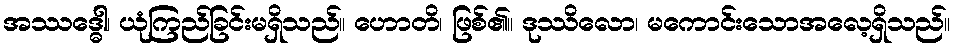
အဿဒ္ဓေါ၊ ယုံကြည်ခြင်းမရှိသည်။ ဟောတိ၊ ဖြစ်၏။ ဒုဿိလော၊ မကောင်းသောအလေ့ရှိသည်။